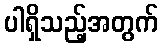
ပါရှိသည့်အတွက်